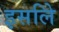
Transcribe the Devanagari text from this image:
इसलिे